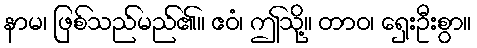
နာမ၊ ဖြစ်သည်မည်၏။ ဧဝံ၊ ဤသို့။ တာဝ၊ ရှေးဦးစွာ။